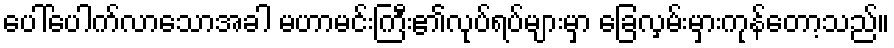
ပေါ်ပေါက်လာသောအခါ မဟာမင်းကြီး၏လုပ်ရပ်များမှာ ခြေလှမ်းမှားကုန်တော့သည်။